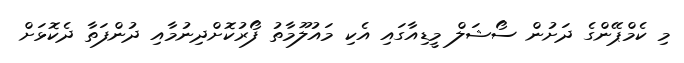
މި ކެމްޕޭންގެ ދަށުން ސޯޝަލް މީޑިއާގައި އެކި މައުލޫމާތު ފޯރުކޮށްދިނުމާއި ދުންފަތާ ދެކޮޅަށް